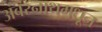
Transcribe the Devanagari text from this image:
अंबरनाथमधून